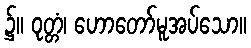
၌။ ဝုတ္တံ၊ ဟောတော်မူအပ်သော။